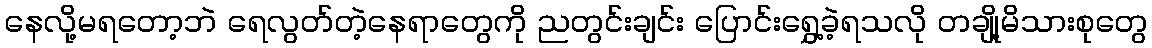
နေလို့မရတော့ဘဲ ရေလွတ်တဲ့နေရာတွေကို ညတွင်းချင်း ပြောင်းရွှေ့ခဲ့ရသလို တချို့မိသားစုတွေ